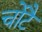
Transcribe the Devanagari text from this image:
चोटै